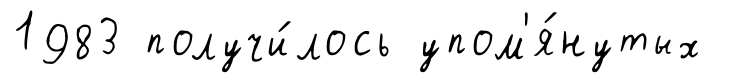
1983 получи́лось упом'я́нутых